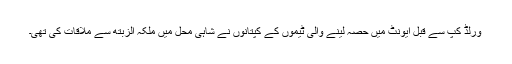
ورلڈ کپ سے قبل ایونٹ میں حصہ لینے والی ٹیموں کے کپتانوں نے شاہی محل میں ملکہ الزبتھ سے ملاقات کی تھی۔